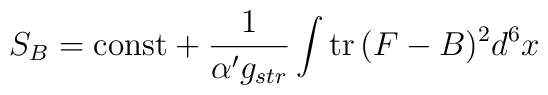
S_B=\mbox{const}+ {1\over \alpha' g_{str}}\int \mbox{tr}\, (F-B)^2 d^6x